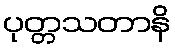
ပုတ္တသတာနိ